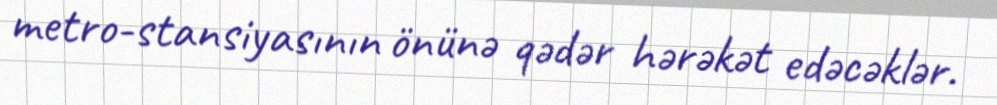
metro-stansiyasının önünə qədər hərəkət edəcəklər.